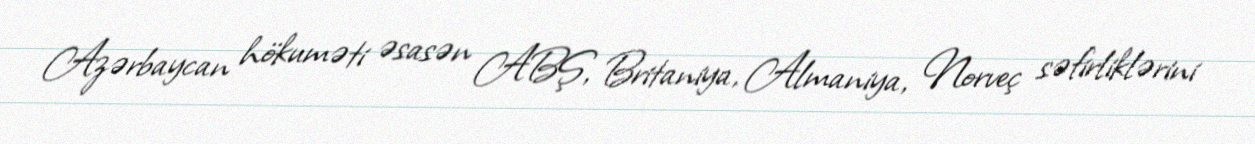
Azərbaycan hökuməti əsasən ABŞ, Britaniya, Almaniya, Norveç səfirliklərini